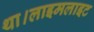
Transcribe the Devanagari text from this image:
था।लाइमलाइट